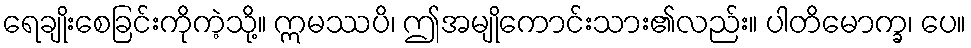
ရေချိုးစေခြင်းကိုကဲ့သို့။ ဣမဿပိ၊ ဤအမျိုကောင်းသား၏လည်း။ ပါတိမောက္ခ၊ ပေ။